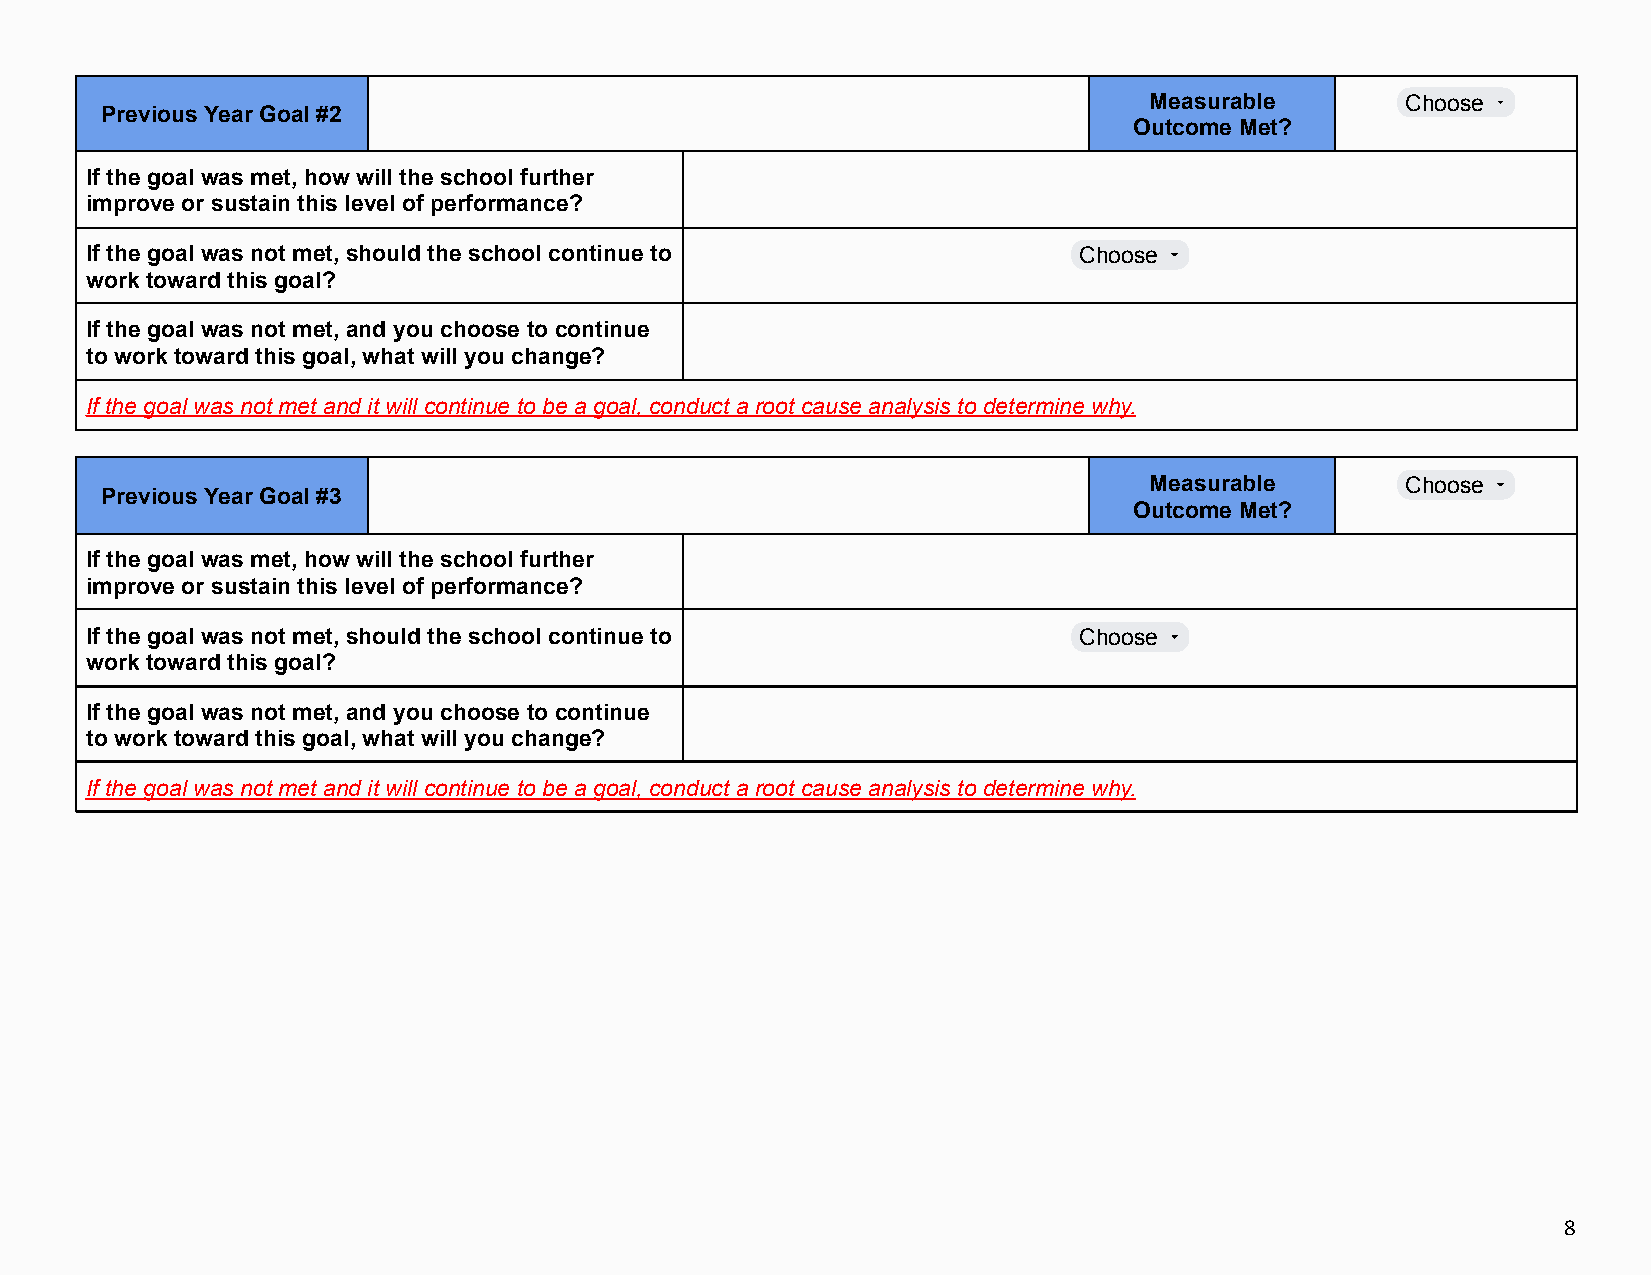
Measurable       Choose
 Previous Year Goal #2
 Outcome Met?
 If the goal was met, how will the school further
 improve or sustain this level of performance?
 If the goal was not met, should the school continue to           Choose
 work toward this goal?
 If the goal was not met, and you choose to continue
 to work toward this goal, what will you change?
 If the goal was not met and it will continue to be a goal, conduct a root cause analysis to determine why.
 Measurable       Choose
 Previous Year Goal #3
 Outcome Met?
 If the goal was met, how will the school further
 improve or sustain this level of performance?
 If the goal was not met, should the school continue to           Choose
 work toward this goal?
 If the goal was not met, and you choose to continue
 to work toward this goal, what will you change?
 If the goal was not met and it will continue to be a goal, conduct a root cause analysis to determine why.
 8